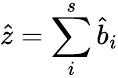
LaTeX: \hat{z}=\sum_{i}^{s}\hat{b}_{i}